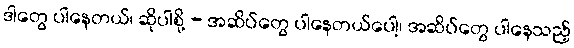
ဒါတွေ ပါနေတယ်၊ ဆိုပါစို့ - အဆိပ်တွေ ပါနေတယ်ပေါ့၊ အဆိပ်တွေ ပါနေသည့်